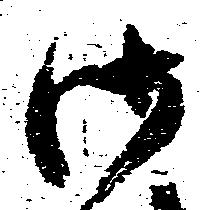
御